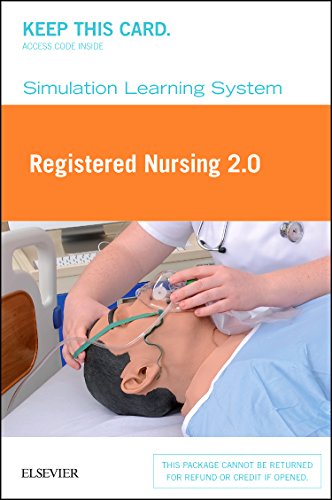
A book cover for Simulation Learning System for RN 2.0 (Retail Access Card), 1e; Elsevier; Medical Books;